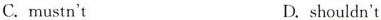
C.mustn't D.shouldn't